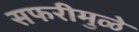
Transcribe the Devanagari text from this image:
सफरीमुळे